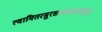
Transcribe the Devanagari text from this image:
त्वामितरसुरसाधारणमभूत्।